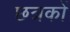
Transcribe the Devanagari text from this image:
छत्रकों